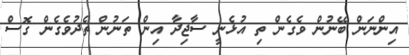
އިންނަން ބޭނުން ވެގެން ތި އުޅެނީ ސާޖިދާ އިން ތަނުން ތެދުވެގެން ގޮސް